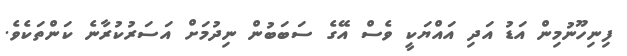
ފިނިހޫނުމިން އަޑު އަދި އައްޔަކީ ވެސް އޭގެ ސަބަބުން ނިދުމަށް އަސަރުކުރާނެ ކަންތަކެވެ.